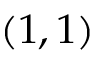
( 1 , 1 )